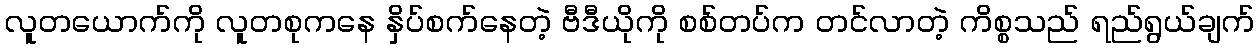
လူတယောက်ကို လူတစုကနေ နှိပ်စက်နေတဲ့ ဗီဒီယိုကို စစ်တပ်က တင်လာတဲ့ ကိစ္စသည် ရည်ရွယ်ချက်